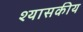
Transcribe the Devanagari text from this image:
श्यासकीय